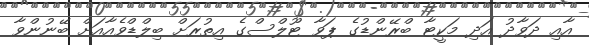
އާއި ދަވާދު އަދި މަކީޓާ ބްރޭންޑުގެ ޕަވާ ޓޫލްސްގެ އިތުރަށް ބިލްޑްވެއާއަށް ބޭނުންވާ